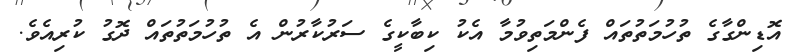
އޮޑިންގާގެ ތުހުމަތުތައް ފެންމަތިވުމާ އެކު ކިބާކީގެ ސަރުކާރުން އެ ތުހުމަތުތައް ދޮގު ކުރިއެވެ.